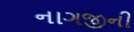
નાગજીની